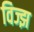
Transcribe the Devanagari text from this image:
विज्झ